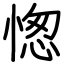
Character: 愡